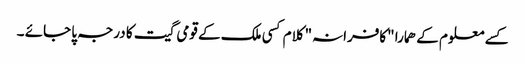
کسے معلوم کے ھمارا "کافرانہ" کلام کسی ملک کے قومی گیت کا درجہ پا جائے ۔